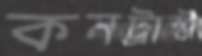
কনট্রাস্ট